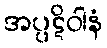
အပ္ပဋိဝါနံ